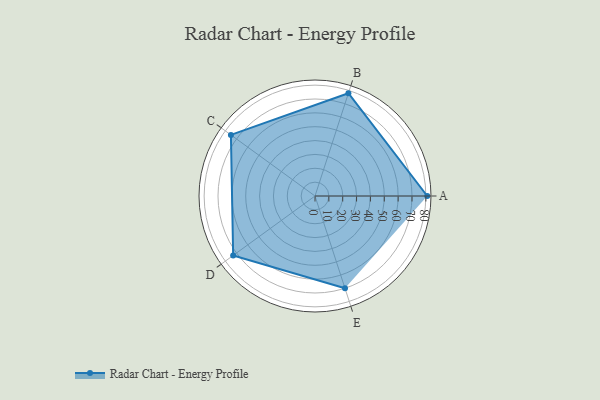
{"axis": {"x": "Skill", "y": "Score"}, "legend": ["Profile"], "data": [{"x": "A", "y": 81.0, "type": "Profile"}, {"x": "B", "y": 78.0, "type": "Profile"}, {"x": "C", "y": 75.0, "type": "Profile"}, {"x": "D", "y": 73.0, "type": "Profile"}, {"x": "E", "y": 70.0, "type": "Profile"}]}